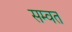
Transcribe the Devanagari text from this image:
सम्‍वत